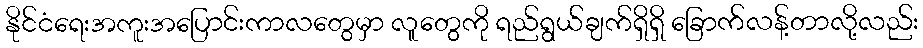
နိုင်ငံရေးအကူးအပြောင်းကာလတွေမှာ လူတွေကို ရည်ရွယ်ချက်ရှိရှိ ခြောက်လန့်တာလို့လည်း